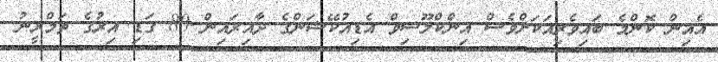
އެއިން ކޮންމެ ބައިވެރިއަކަށްވެސް އިންކްލޫސިވް އެޑިއުކޭޝަންގެ ދާއިރައިން 80 ގަޑި އިރުގެ ތަމްރީނު